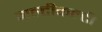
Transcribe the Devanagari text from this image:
मल्टीकल्टी